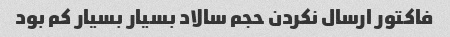
فاکتور ارسال نکردن حجم سالاد بسیار بسیار کم بود